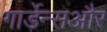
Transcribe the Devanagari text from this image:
गार्डेन्सऔर